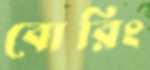
বোরিং